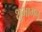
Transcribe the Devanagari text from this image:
शुभामन